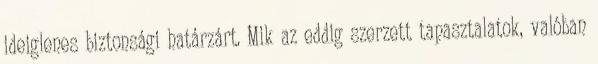
ideiglenes biztonsági határzárt. Mik az eddig szerzett tapasztalatok, valóban